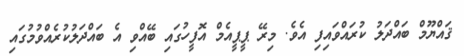
ޤައްޔޫމް ބައްދަލު ކުރައްވައިފި އެވެ. މިރޭ ޕީޕީއެމް އޮފީހުގައި ބޭއްވި އެ ބައްދަލުކުރެއްވުމުގައި